Report on sanitation, dispensaries, and jails in Rajputana for 1917, and on vaccination for the year 1917-1918 - 1917-1918
Year: 1917
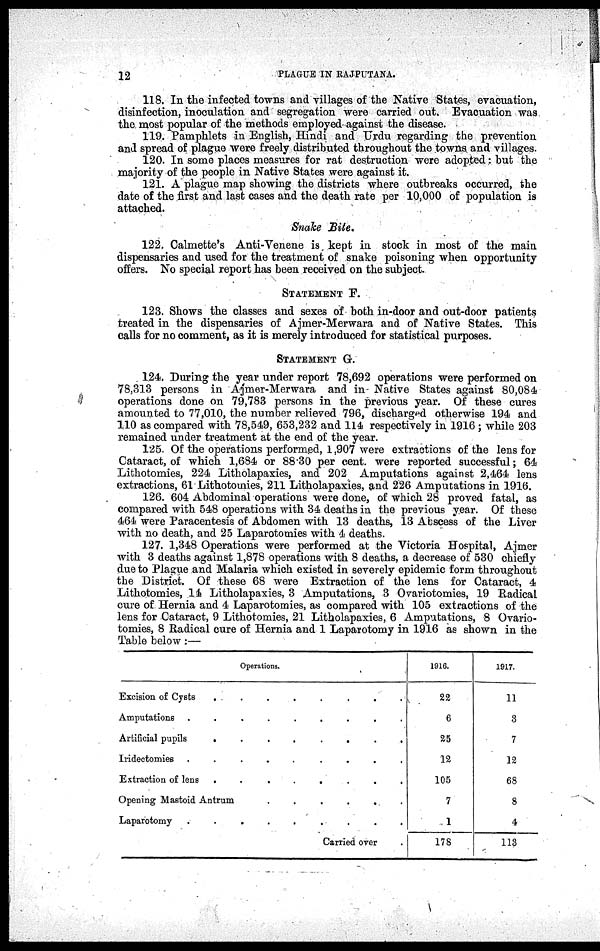
12
PLAGUE IN RAJPUTANA.
118. In the infected towns and villages of the Native States, evacuation,
disinfection, inoculation and segregation were carried out, Evacuation was
the most popular of the methods employed against the disease.
119. Pamphlets in English, Hindi and Urdu regarding the prevention
and spread of plague were freely distributed throughout the towns and villages.
120. In some places measures for rat destruction were adopted but the
majority of the people in Native States were against it.
121. A plague map showing the districts where outbreaks occurred, the
date of the first and last cases and the death rate per 10,000 of population is
attached.
Snake Bite.
122. Calmette's Anti-Venene is kept in stock in most of the main
dispensaries and used for the treatment of snake poisoning when opportunity
offers. No special report has been received on the subject.
STATEMENT F.
123. Shows the classes and sexes of both in-door and out-door patients
treated in the dispensaries of Ajmer-Merwara and of Native States. This
calls for no comment, as it is merely introduced for statistical purposes.
STATEMENT G.
124. During the year under report 78,692 operations were performed on
78,313 persons in Ajmer-Merwara and in Native States against 80,084
operations done on 79,783 persons in the previous year. Of these cures
amounted to 77,010, the number relieved 796, discharged otherwise 194 and
110 as compared with 78,549, 653,232 and 114 respectively in 1916; while 203
remained under treatment at the end of the year.
125. Of the operations performed, 1,907 were extractions of the lens for
Cataract, of which 1,684 or 88.30 per cent. were reported successful; 64
Lithotomies, 224 Litholapaxies, and 202 Amputations against 2,464 lens
extractions, 61 Lithotomies, 211 Litholapaxies, and 226 Amputations in 1916.
126. 604 Abdominal operations were done, of which 28 proved fatal, as
compared with 548 operations with 34 deaths in the previous year. Of these
464 were Paracentesis of Abdomen with 13 deaths, 13 Abscess of the Liver
with no death, and 25 Laparotomies with 4 deaths.
127. 1,348 Operations were performed at the Victoria Hospital, Ajmer
with 3 deaths against 1,878 operations with 8 deaths, a decrease of 530 chiefly
due to Plague and Malaria which existed in severely epidemic form throughout
the District. Of these 68 were Extraction of the lens for Cataract, 4
Lithotomies, 14 Litholapaxies, 3 Amputations, 3 Ovariotomies, 19 Radical
cure of Hernia and 4 Laparotomies, as compared with 105 extractions of the
lens for Cataract, 9 Lithotomies, 21 Litholapaxies, 6 Amputations, 8 Ovario-
tomies, 8 Radical cure of Hernia and 1 Laparotomy in 1916 as shown in the
Table below:—
Operations.
Excision of Cysts
.
.
.
.
.
.
.
.
Amputations .
.
.
.
.
.
.
.
.
Artificial pupils
.
.
.
.
.
.
.
.
Iridectomies .
.
.
.
.
.
.
.
.
Extraction of lens
.
.
.
.
.
.
.
.
Opening Mastoid Antrum
.
.
.
.
.
.
Laparotomy
.
.
.
.
.
.
.
.
.
Carried over .
1916.
22
6
25
12
105
7
1
178
1917.
11
3
7
12
68
8
4
113